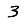
Digit: 3